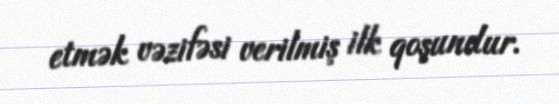
etmək vəzifəsi verilmiş ilk qoşundur.